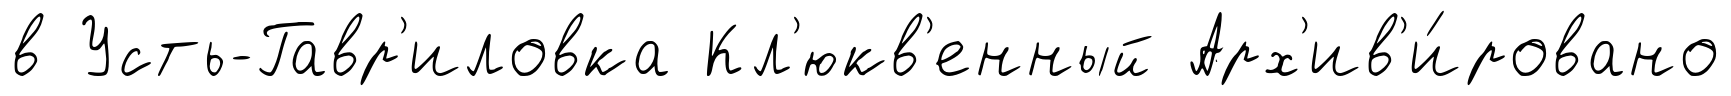
в Усть-Гавр'иловка Кл'юкв'енный Арх'ив'и́ровано